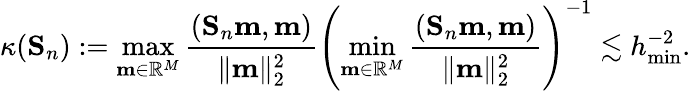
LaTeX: \kappa(\mathbf{S}_{n}):=\operatorname*{max}_{\mathbf{m}\in\mathbb{R}^{M}}\frac{(\mathbf{S}_{n}\mathbf{m},\mathbf{m})}{\| \mathbf{m}\| _{2}^{2}}\left(\operatorname*{min}_{\mathbf{m}\in\mathbb{R}^{M}}\frac{(\mathbf{S}_{n}\mathbf{m},\mathbf{m})}{\| \mathbf{m}\| _{2}^{2}}\right)^{-1}\lesssim h_{\operatorname*{min}}^{-2}.